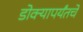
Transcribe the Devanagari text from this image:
डोक्यापर्यंतचे